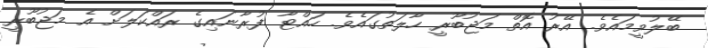
ބޭލުވީމައެވެ. އޭރު އޮތް މަޖުބޫރީ ހާލަތުގައެވެ. ހައްޓާ ފުރާނައިގެ ރައްކަލަށް އެ މަޖުބޫރީ